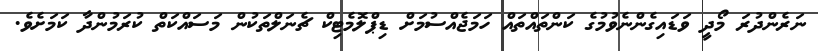
ނަރެންދުރަ މޯދީ ވަޑައިގެންނެވުމުގެ ކަންތައްތައް ހަމަޖެއްސުމަށް ޑިޕްލޮމެޓިކް ޗެނަލްތަކުން މަސައްކަތް ކުރަމުންދާ ކަމަށެވެ.